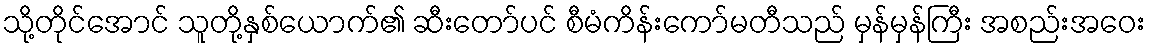
သို့တိုင်အောင် သူတို့နှစ်ယောက်၏ ဆီးတော်ပင် စီမံကိန်းကော်မတီသည် မှန်မှန်ကြီး အစည်းအဝေး